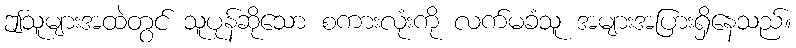
ဤသူများအထဲတွင် သူပုန်ဆိုသော စကားလုံးကို လက်မခံသူ အများအပြားရှိနေသည်။